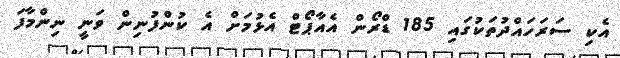
އެކި ސަރަހައްދުތަކުގައި 185 ޑްރޯން އެއާޕޯޓް އެޅުމަށް އެ ކުންފުނިން ވަނީ ނިންމާފަ